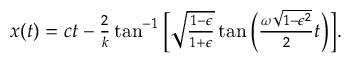
\begin{array} { r } { x ( t ) = c t - \frac { 2 } { k } \tan ^ { - 1 } \bigg [ \sqrt \frac { 1 - \epsilon } { 1 + \epsilon } \tan \bigg ( \frac { \omega \sqrt { 1 - \epsilon ^ { 2 } } } { 2 } t \bigg ) \bigg ] . } \end{array}